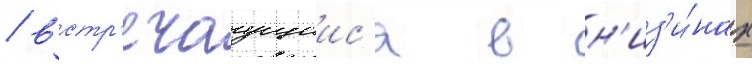
/ встр'ечаущиис'я в н'из'и́нах